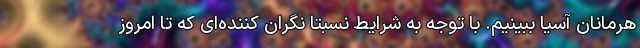
هرمانان آسیا ببینیم. با توجه به شرایط نسبتا نگران کننده‌ای که تا امروز